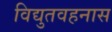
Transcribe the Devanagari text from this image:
विद्युतवहनास